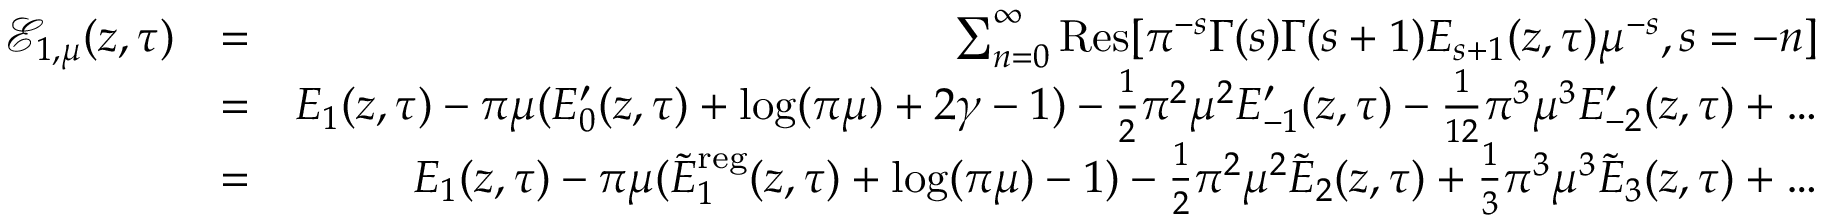
\begin{array} { r l r } { { \mathcal E } _ { 1 , \mu } ( z , \tau ) } & { = } & { \sum _ { n = 0 } ^ { \infty } \mathrm { R e s } [ \pi ^ { - s } \Gamma ( s ) \Gamma ( s + 1 ) E _ { s + 1 } ( z , \tau ) \mu ^ { - s } , s = - n ] } \\ & { = } & { E _ { 1 } ( z , \tau ) - \pi \mu ( E _ { 0 } ^ { \prime } ( z , \tau ) + \log ( \pi \mu ) + 2 \gamma - 1 ) - { \frac { 1 } { 2 } } { \pi ^ { 2 } \mu ^ { 2 } } E _ { - 1 } ^ { \prime } ( z , \tau ) - { \frac { 1 } { 1 2 } } { \pi ^ { 3 } \mu ^ { 3 } } E _ { - 2 } ^ { \prime } ( z , \tau ) + \ldots } \\ & { = } & { E _ { 1 } ( z , \tau ) - \pi \mu ( \widetilde { E } _ { 1 } ^ { \mathrm { r e g } } ( z , \tau ) + \log ( \pi \mu ) - 1 ) - { \frac { 1 } { 2 } } { \pi ^ { 2 } \mu ^ { 2 } } \widetilde { E } _ { 2 } ( z , \tau ) + { \frac { 1 } { 3 } } { \pi ^ { 3 } \mu ^ { 3 } } \widetilde { E } _ { 3 } ( z , \tau ) + \ldots } \end{array}